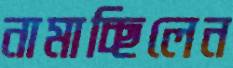
নামাচ্ছিলেন